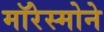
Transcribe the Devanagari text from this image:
मॉरेस्मोने